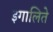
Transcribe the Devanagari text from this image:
इगालिते